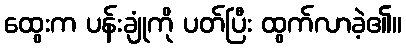
ထွေးက ပန်းချုံကို ပတ်ပြီး ထွက်လာခဲ့၏။